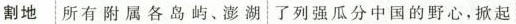
割地所有附属各岛屿、澎湖 了列强瓜分中国的野心，掀起